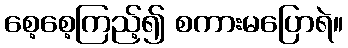
စေ့စေ့ကြည့်၍ စကားမပြောရဲ။